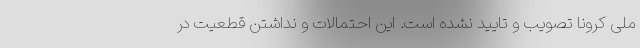
ملی کرونا تصویب و تایید نشده است. این احتمالات و نداشتن قطعیت در